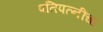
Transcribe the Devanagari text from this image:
पतिपत्‍नींचा